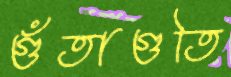
গুঁতাগুতি